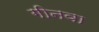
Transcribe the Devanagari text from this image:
गीनवा